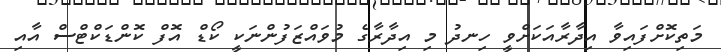
މަތިކޮށްފައިވާ އިދާރާއަކަށްވީ ހިނދު މި އިދާރާގެ މުވައްޒަފުންނަކީ ކޯޑް އޮފް ކޮންޑަކްޓްސް އާއި